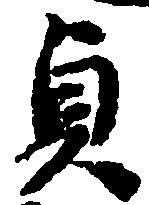
貞